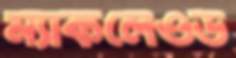
ম্যাকলেওড